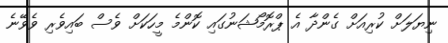
ނިޔަލަށް ކުރިއަށް ގެންދާ އެ ޕްރޮމޯޝަނުގައި ކޮންމެ މީހަކަށް ވެސް ބައިވެރި ވެވޭނެ